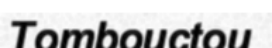
Tombouctou